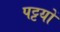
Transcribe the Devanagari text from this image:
पट्टयों